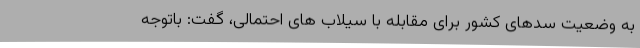
به وضعیت سدهای کشور برای مقابله با سیلاب های احتمالی، گفت: باتوجه